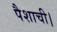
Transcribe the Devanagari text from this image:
पैशाची।